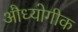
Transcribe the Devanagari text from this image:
औध्योगीक